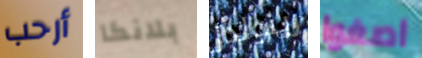
أرحب بلانكا رينولدز اصغوا